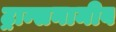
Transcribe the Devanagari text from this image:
ट्रान्सनामीब